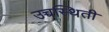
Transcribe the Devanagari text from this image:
उच्चस्थिती